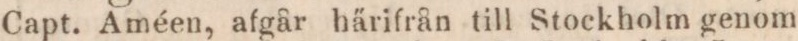
Capt. Améen, afgår härifrån till Stockholm genom